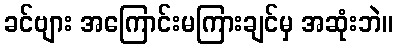
ခင်ဗျား အကြောင်းမကြားချင်မှ အဆုံးဘဲ။